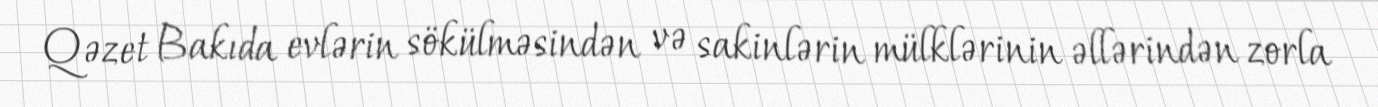
Qəzet Bakıda evlərin sökülməsindən və sakinlərin mülklərinin əllərindən zorla